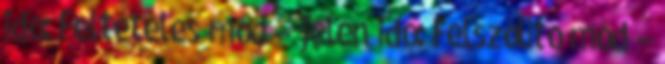
idő: Feltételes mód – jelen idő: Felszólító mód –